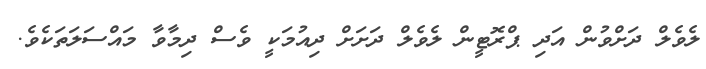
ލެވެލް ދަށްވުން އަދި ޕްރޮޓީން ލެވެލް ދަށަށް ދިއުމަކީ ވެސް ދިމާވާ މައްސަލަތަކެވެ.